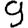
Digit: 9